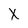
Character: X